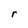
Character: r